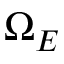
\Omega _ { E }